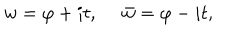
w = \varphi + i t , \ \bar { w } = \varphi - i t ,